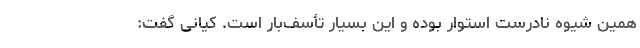
همین شیوه نادرست استوار بوده و این بسیار تأسف‌بار است. کیانی گفت: